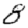
Digit: 8